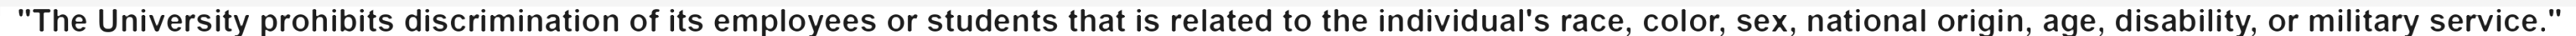
"The University prohibits discrimination of its employees or students that is related to the individual's race, color, sex, national origin, age, disability, or military service."